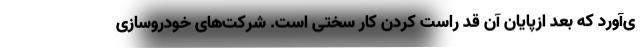
ی‌آورد که بعد ازپایان آن قد راست کردن کار سختی است. شرکت‌های خودروسازی